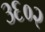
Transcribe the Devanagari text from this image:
३६०२